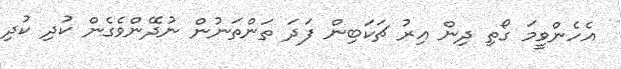
އެހެންވީމަ ގޯތި ދިން އިރު ޗަކަބިން ފަދަ ތަންތަނުން ނުދޭންވެގެން ކުދި ކުދި